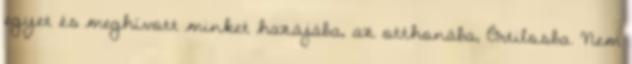
egyet és meghívott minket hazájába, az otthonába, Őrtilosba. Nem